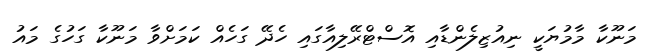
މަނޫކާ މާމުޔަކީ ނިއުޒިލެންޑާއި އޮސްޓްރޭލިއާގައި ހެދޭ ގަހެއް ކަމަށްވާ މަނޫކާ ގަހުގެ މައު